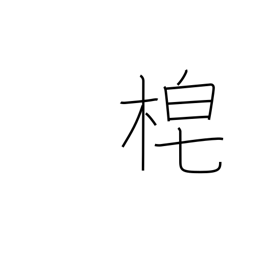
Meaning: sickle handle